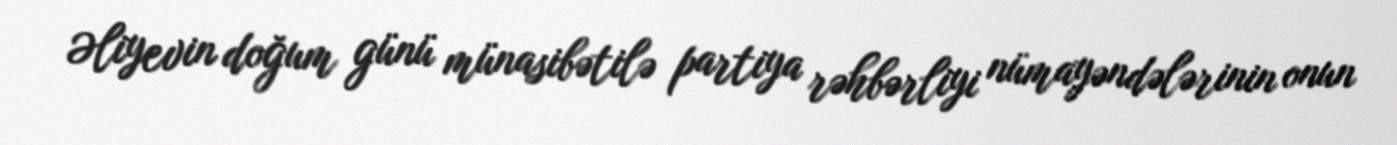
Əliyevin doğum günü münasibətilə partiya rəhbərliyi nümayəndələrinin onun